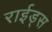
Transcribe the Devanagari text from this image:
राईड्स